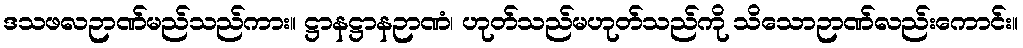
ဒသဖလဉာဏ်မည်သည်ကား။ ဋ္ဌာနဋ္ဌာနဉာဏံ၊ ဟုတ်သည်မဟုတ်သည်ကို သိသောဉာဏ်လည်းကောင်း။